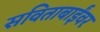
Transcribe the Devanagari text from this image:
सविताबाईंवर